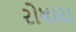
રોધારા